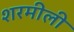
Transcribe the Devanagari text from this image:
शरमीली